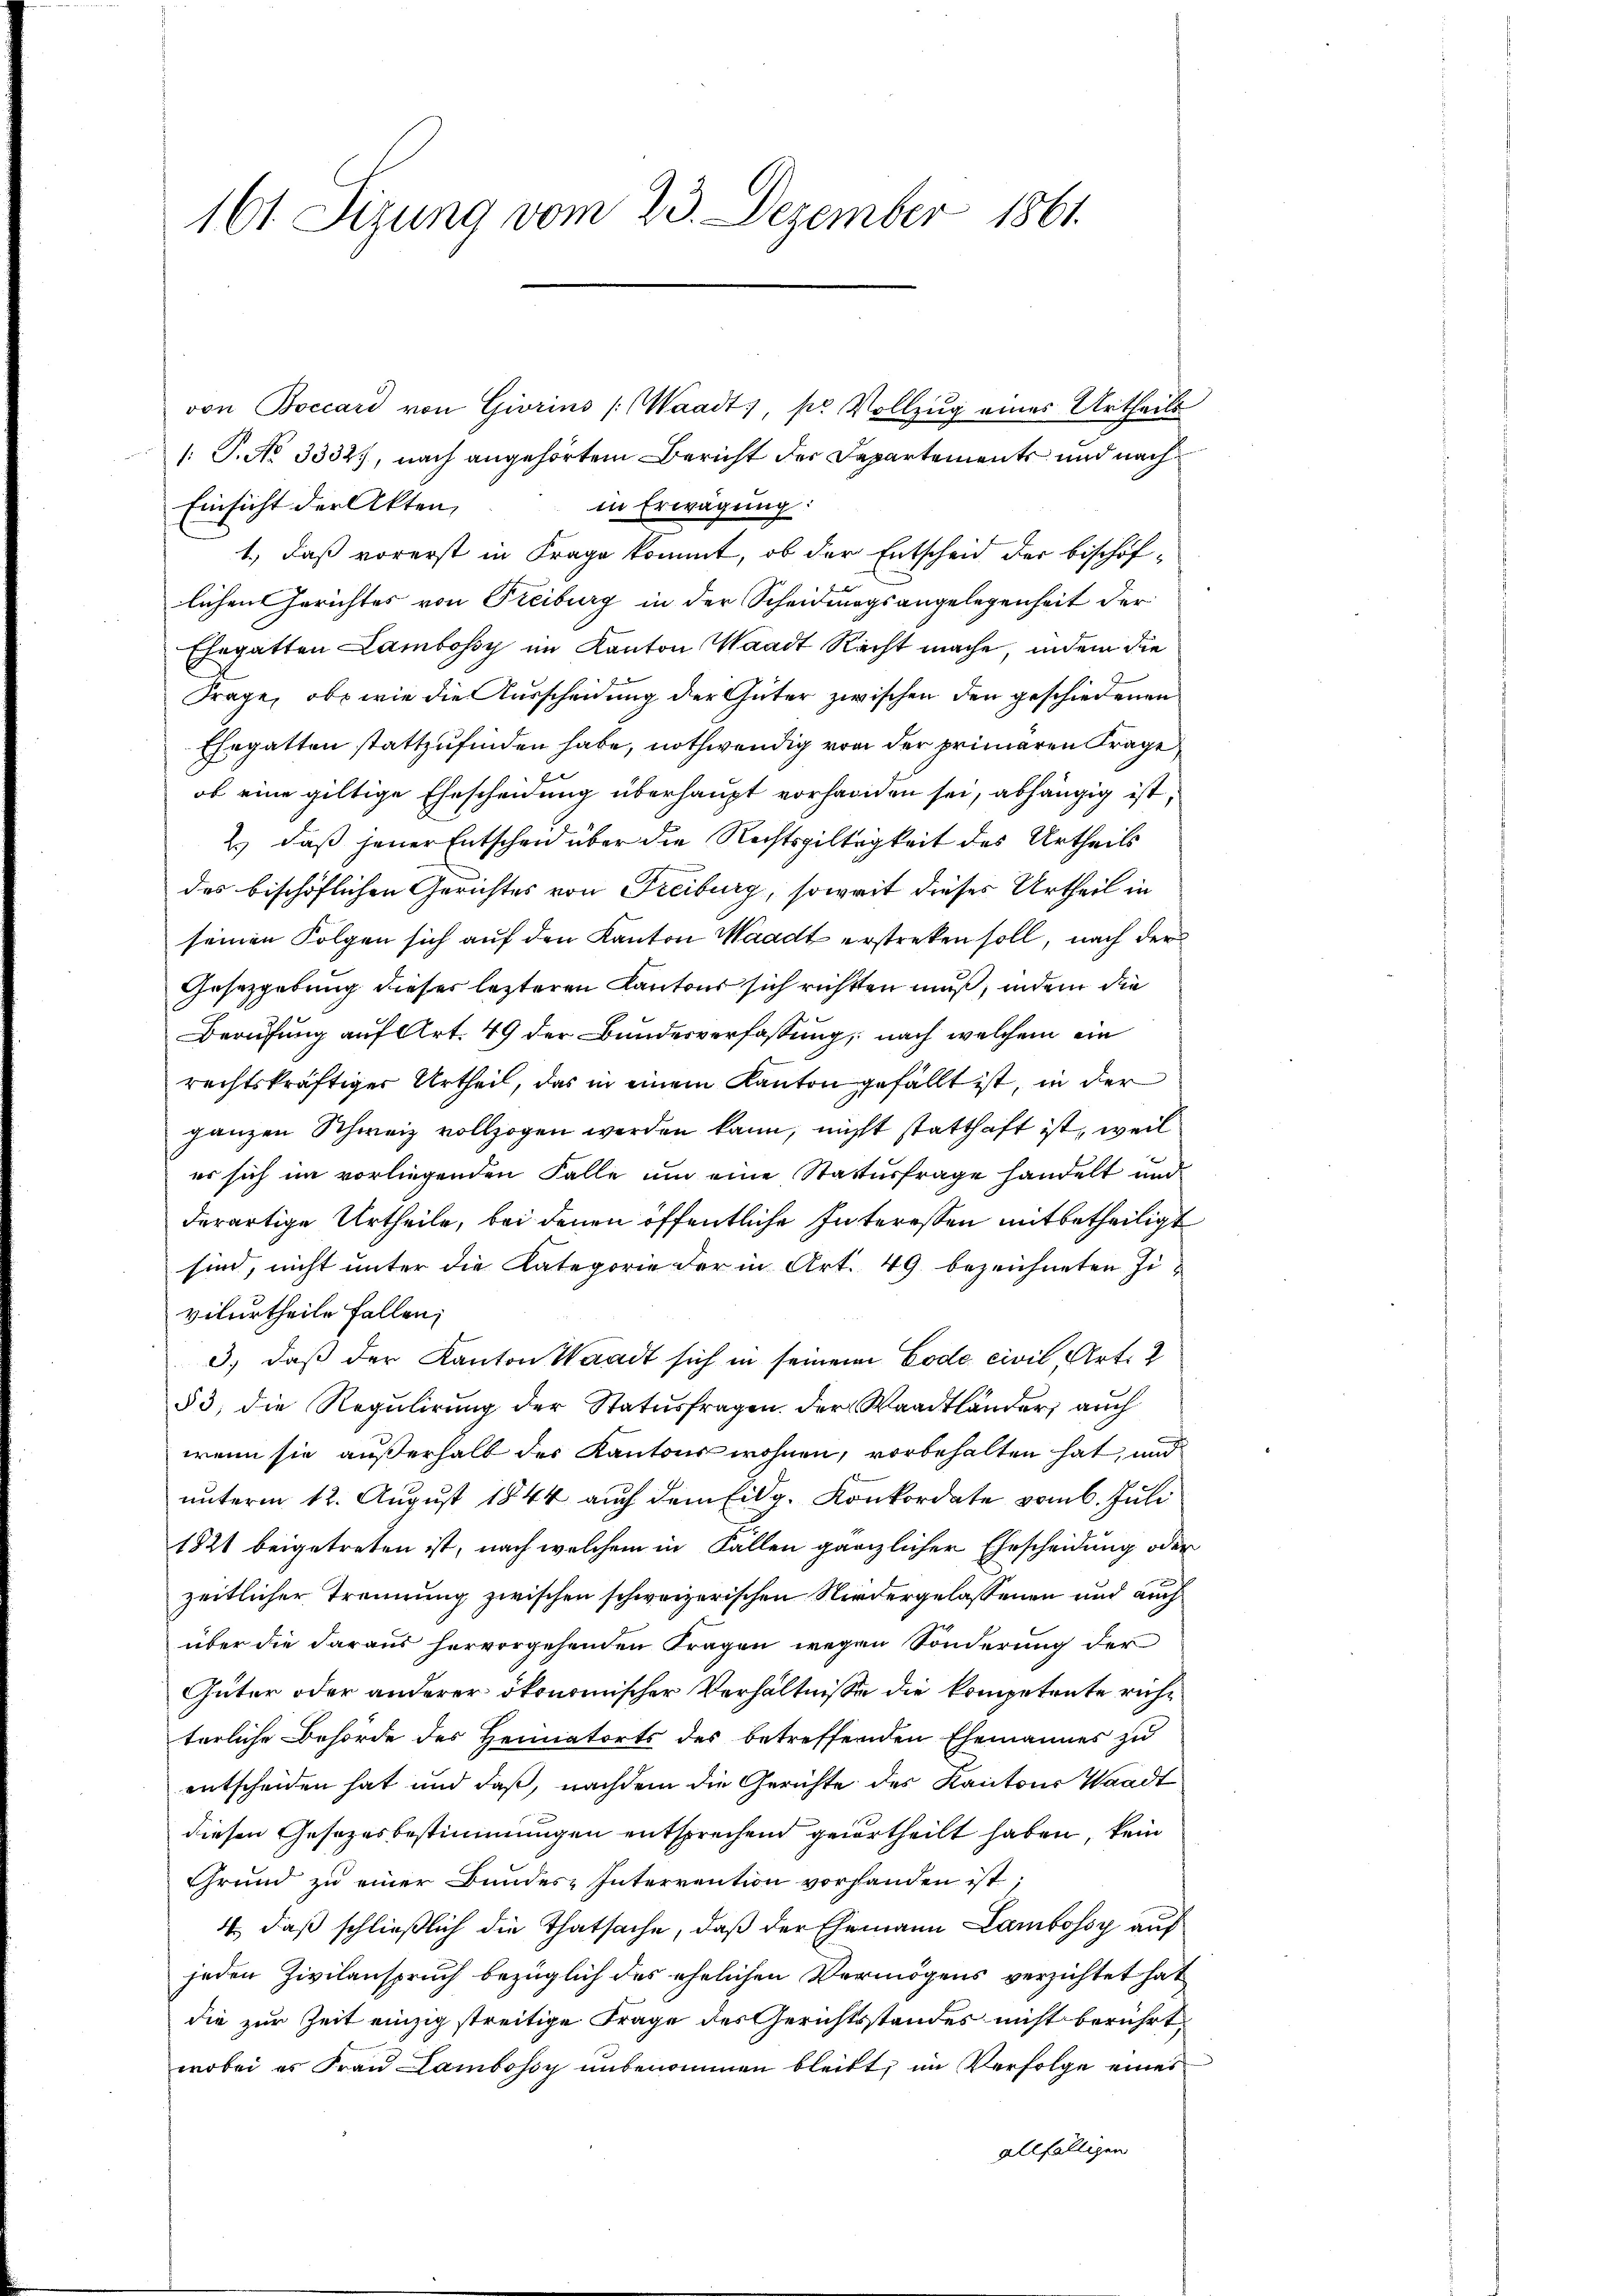
wobei es Frau Lambossy unbenommen bleibt, im Verfolge eines
allfälligen

161 Sizung vom 23. Dezember 1861.

von Boccard von Giorins (Waadt, pr Vollzug eines Urtheils
/: P. No 3332), nach angehörtem Bericht der Departements und nach
Einsicht der Akten,
in Erwägung:
1., daß vorerst in Frage kommt, ob der Entscheid der bischöflichen Gerichtes von Freiburg in der Scheidungsangelegenheit der
Ehegatten Lambossy im Kanton Waadt Recht mache, indem die
Frage, ob wie die Ausscheidung der Güter zwischen den geschiedenen
Ehegatten stattzufinden habe, nothwendig von der primaren Frage
ob eine giltige Ehescheidung überhaupt vorhanden sei, abhängig ist,
2.) daß jener Entscheid über die Rechtsgültigkeit des Urtheils
des bischöflichen Gerichtes von Freiburg, soweit dieses Urtheil in
seinen Folgen sich auf den Kanton Waadt erstreken soll, nach der
Gesetzgebung dieser lezteren Kantons sich richten muß, indem die
Berufung auf Art. 49 der Bundesverfassung, nach welchem ein
rechtskräftiger Urtheil, das in einem Kanton gefällt ist, in der
ganzen Schweiz vollzogen werden kann, nicht statthaft ist, weil
er sich im vorliegenden Falle um eine Statturfrage handelt und
derartige Urtheile, bei denen öffentliche Interessen mitbetheiligt
sind, nicht unter die Kategorie der in Art. 49 bezeichneten Zivilurtheile Fallen;
3., daß der Kanton Waadt sich in seinem Code civil, Art. 2
§ 3, die Regulirung der Statusfragen. Der Waadtländer, auch
wenn sie außerhalb des Kantons wohnen, vorbehalten hat, und
ŭnterm 12. Aŭgŭst 1844 auch dem Eidg. Konkordate vom 6. Juli
1821 beigetreten ist, nach welchem in Fallen gänzlicher Ehescheidung oder
zeitlicher Trennung zwischen schweizerischen Niedergelassenen und auch
über die daraus hervorgehenden Fragen wegen Sonderung der
Güter oder anderer ökonomischer Verhältnisse die kompetente rührterliche Behörde des Heimatorts des betreffenden Ehemannes zu
entscheiden hat und daß, nachdem die Gerichte des Kantons Waadt
diesen Gesezesbestimmungen entsprechend geurtheilt haben, kein
Grund zu einer Bundes-Interrention vorhanden ist;
4., daß schließlich die Thatsache, daß der Ehemann Lambossy auf
jeden Zivilanspruch bezüglich des ehelichen Vermögens verzichtet hat
die zur Zeit einzig streitige Frage des Gerichtsstandes nicht berührt,